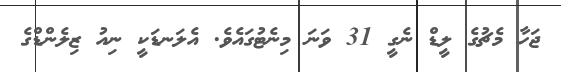
ޖަހާ މެޗުގެ ލީޑް ނެގީ 31 ވަނަ މިނެޓުގައެވެ. އެލަނޑަކީ ނިއު ޒިލެންޑްގެ